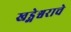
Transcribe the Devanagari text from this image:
खड्गेश्वराचे